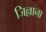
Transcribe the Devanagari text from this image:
जिल्लाना